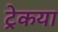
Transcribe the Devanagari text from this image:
ट्रेकया